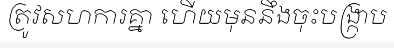
ត្រូវសហការគ្នា ហើយមុននឹងចុះបង្ក្រាប